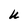
Character: U